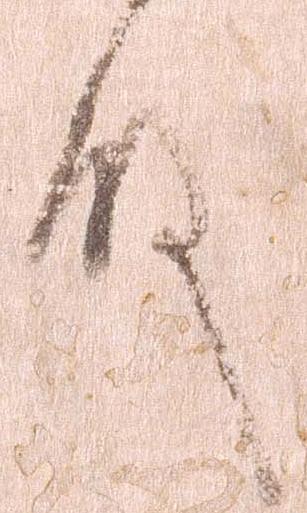
殿